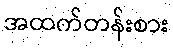
အထက်တန်းစား